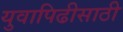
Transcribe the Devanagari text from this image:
युवापिढीसाठी